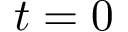
t = 0